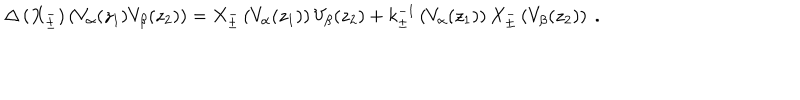
LaTeX: \Delta \left( X _ { \pm } ^ { - } \right) \left( V _ { \alpha } ( z _ { 1 } ) V _ { \beta } ( z _ { 2 } ) \right) = X _ { \pm } ^ { - } \left( V _ { \alpha } ( z _ { 1 } ) \right) V _ { \beta } ( z _ { 2 } ) + k _ { \pm } ^ { - 1 } \left( V _ { \alpha } ( z _ { 1 } ) \right) X _ { \pm } ^ { - } \left( V _ { \beta } ( z _ { 2 } ) \right) { } ~ .